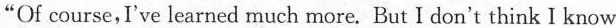
"Of course,I've learned much more. But I don't think I know